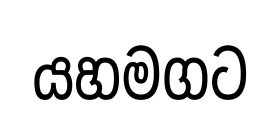
යහමගට